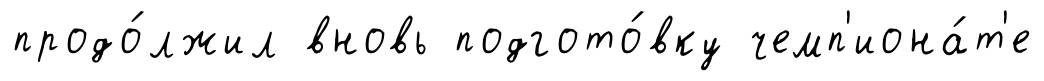
продо́лжил вновь подгото́вку чемп'иона́т'е